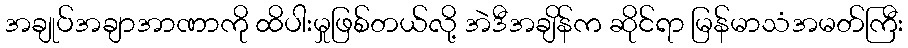
အချုပ်အချာအာဏာကို ထိပါးမှုဖြစ်တယ်လို့ အဲဒီအချိန်က ဆိုင်ရာ မြန်မာသံအမတ်ကြီး